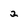
Character: 2